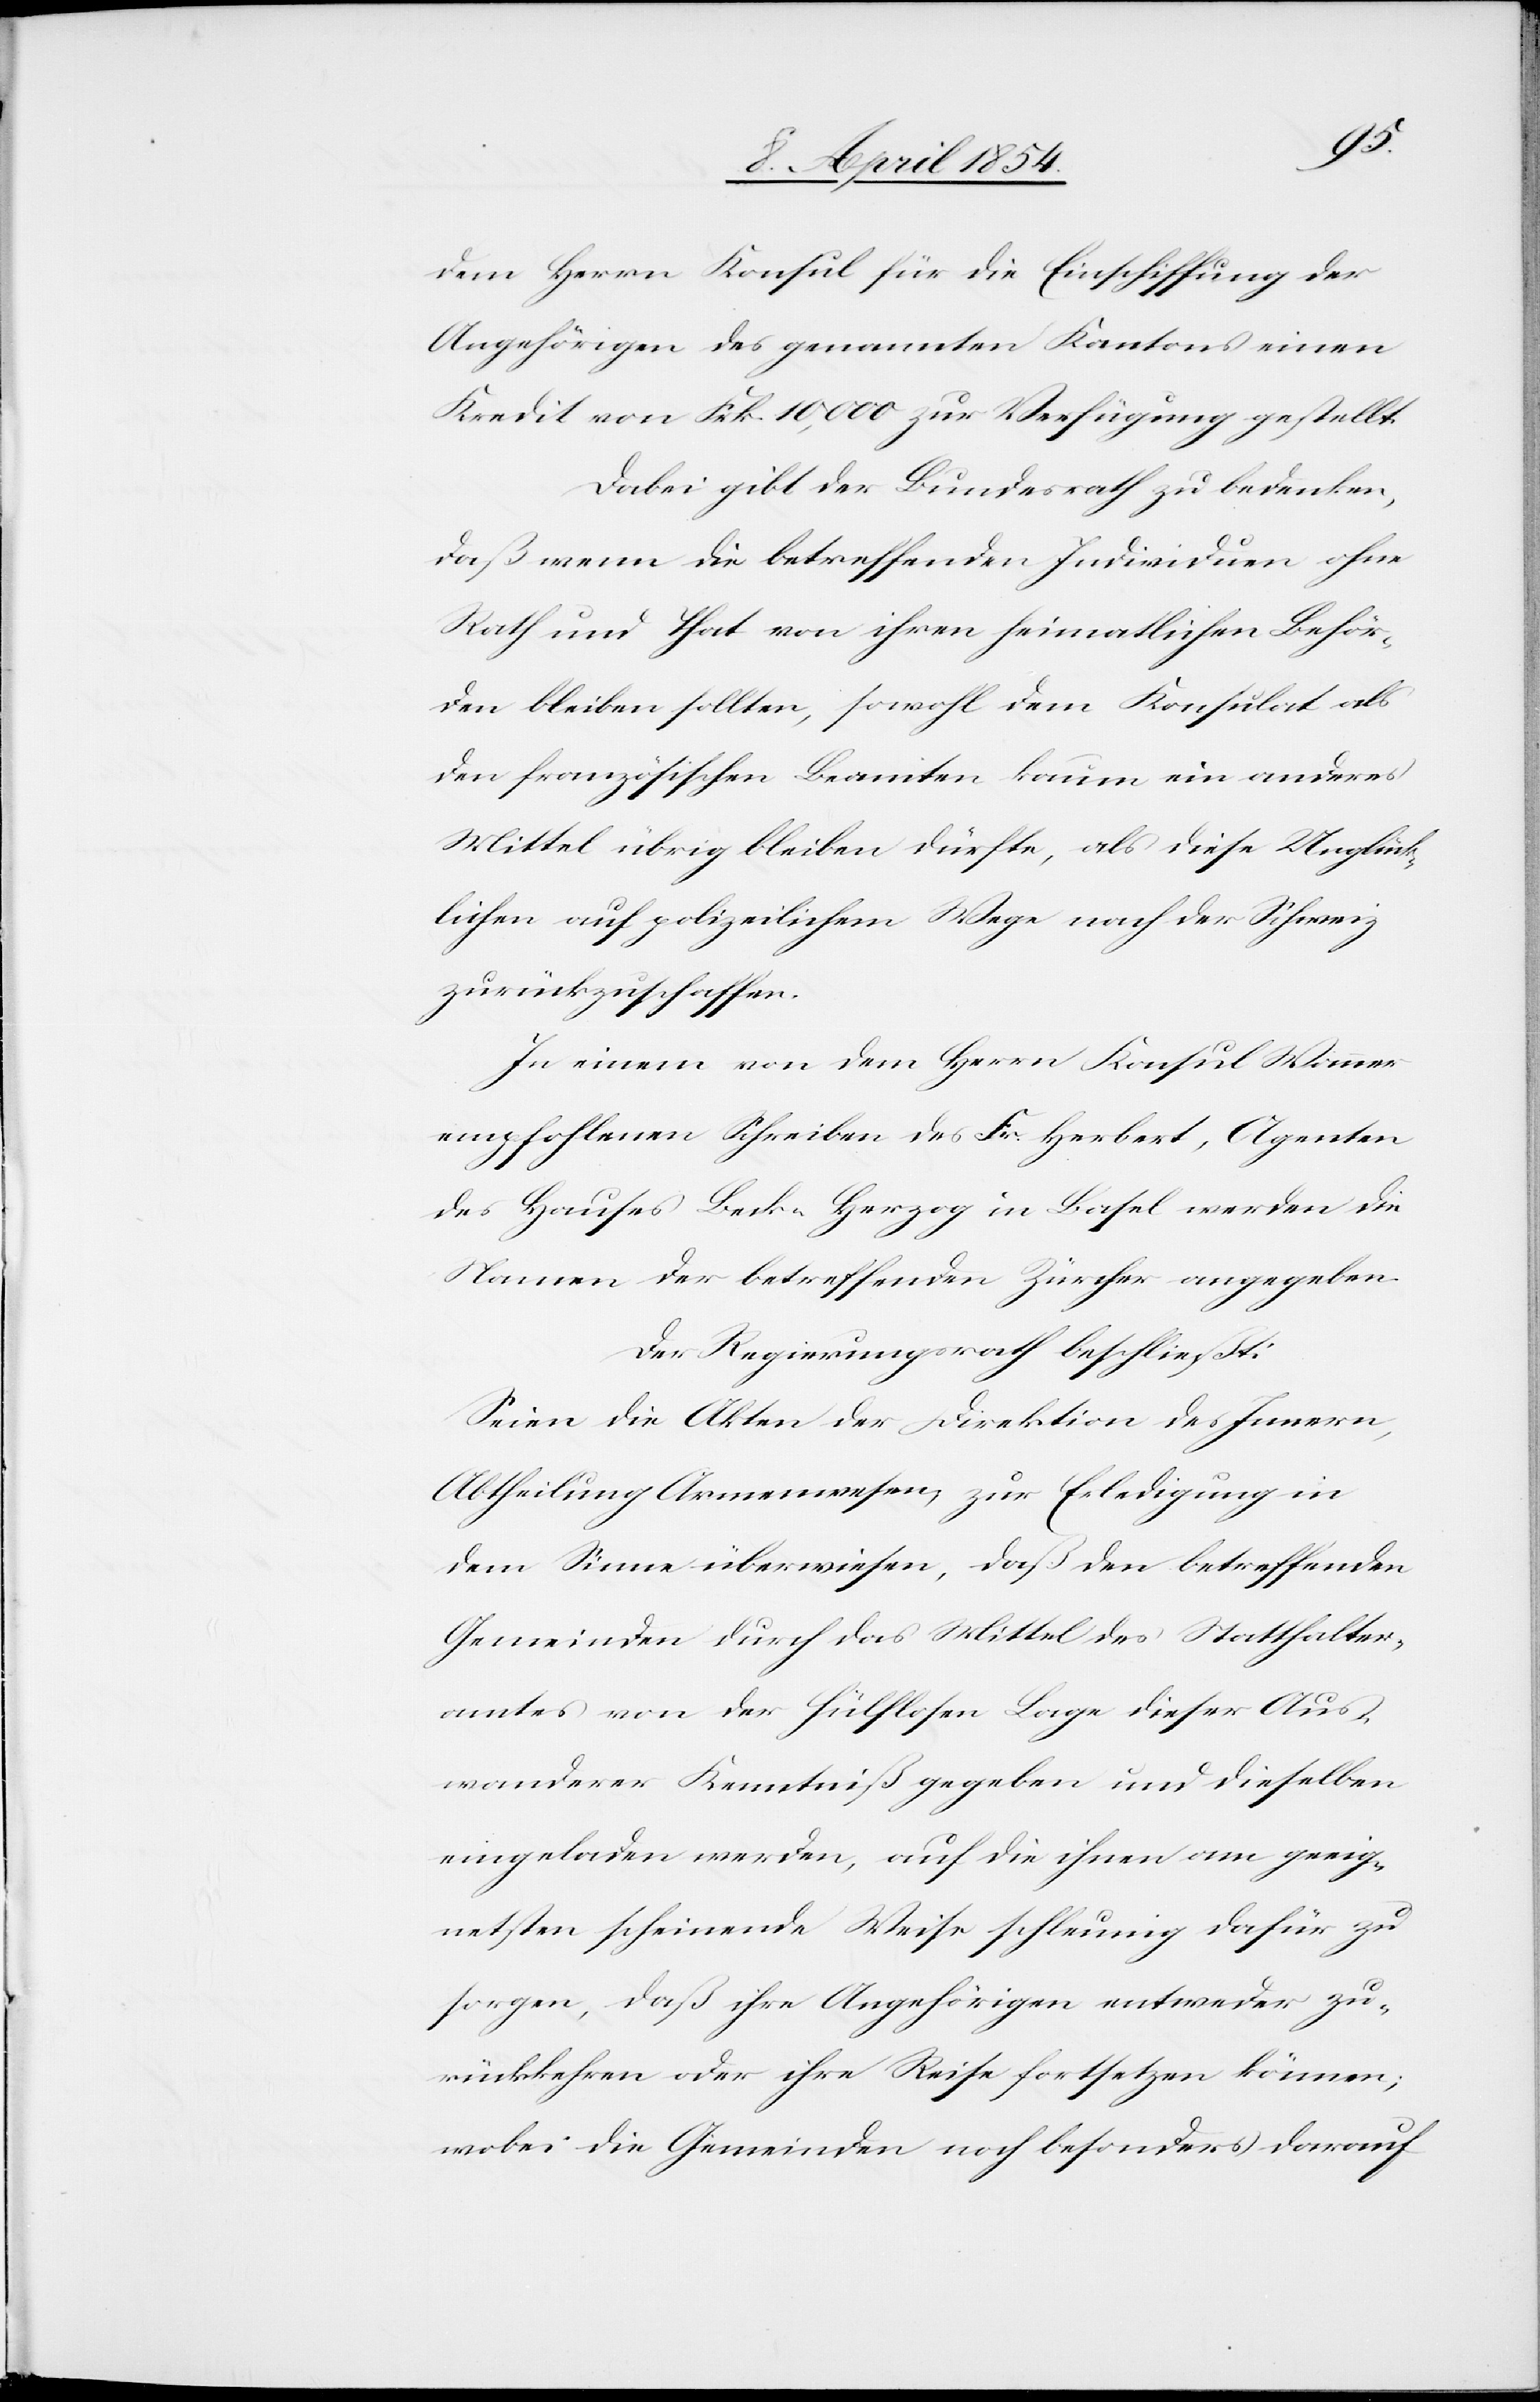
dem Herrn Konsul für die Einschiffung der
Angehörigen des genannten Kantons einen
Kredit von Frk. 10,000 zur Verfügung gestellt.
Dabei gibt der Bundesrath zu bedenken,
daß wenn die betreffenden Individuen ohne
Rath und That von ihren heimathlichen Behör¬
den bleiben sollten, sowohl dem Konsulat als
den französischen Beamten kaum ein anderes
Mittel übrig bleiben dürfte, als diese Unglück¬
lichen auf polizeilichem Wege nach der Schweiz
zurückzuschaffen.
In einem von dem Herrn Konsul Wanner
empfohlenen Schreiben des Fr. Herbert, Agenten
des Hauses Beck-Herzog in Basel werden die
Namen der betreffenden Zürcher angegeben.
Der Regierungsrath beschließt:
Seien die Akten der Direktion des Innern,
Abtheilung Armenwesen, zur Erledigung in
dem Sinne überwiesen, daß den betreffenden
Gemeinden durch das Mittel des Statthalter¬
amtes von der hülflosen Lage dieser Aus¬
wanderer Kenntniß gegeben und dieselben
eingeladen werden, auf die ihnen am geeig¬
netsten scheinende Weise schleunig dafür zu
sorgen, daß ihre Angehörigen entweder zu¬
rückkehren oder ihre Reise fortsetzen könne;
wobei die Gemeinden noch besonders darauf